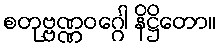
စတုဗ္ဗဏ္ဏဝဂ္ဂေါ နိဋ္ဌိတော။